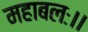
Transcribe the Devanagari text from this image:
महाबलः।।